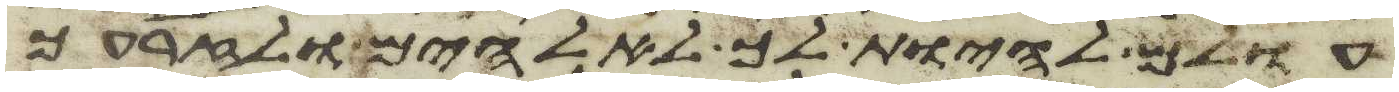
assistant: עולם להיות לך לאלהים ולזרעך